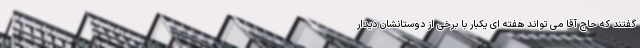
گفتند که حاج آقا می تواند هفته ای یکبار با برخی از دوستانشان دیدار